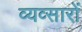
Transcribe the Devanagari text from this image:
व्यव्सारों